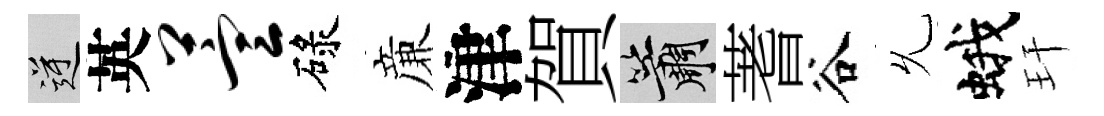
逆英萱碌亷津賀簫蓍谷𠃔蛾玕